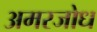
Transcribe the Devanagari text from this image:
अमरजोध